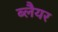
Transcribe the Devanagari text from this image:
ब्लैयर